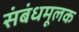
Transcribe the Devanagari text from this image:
संबंधमूलक